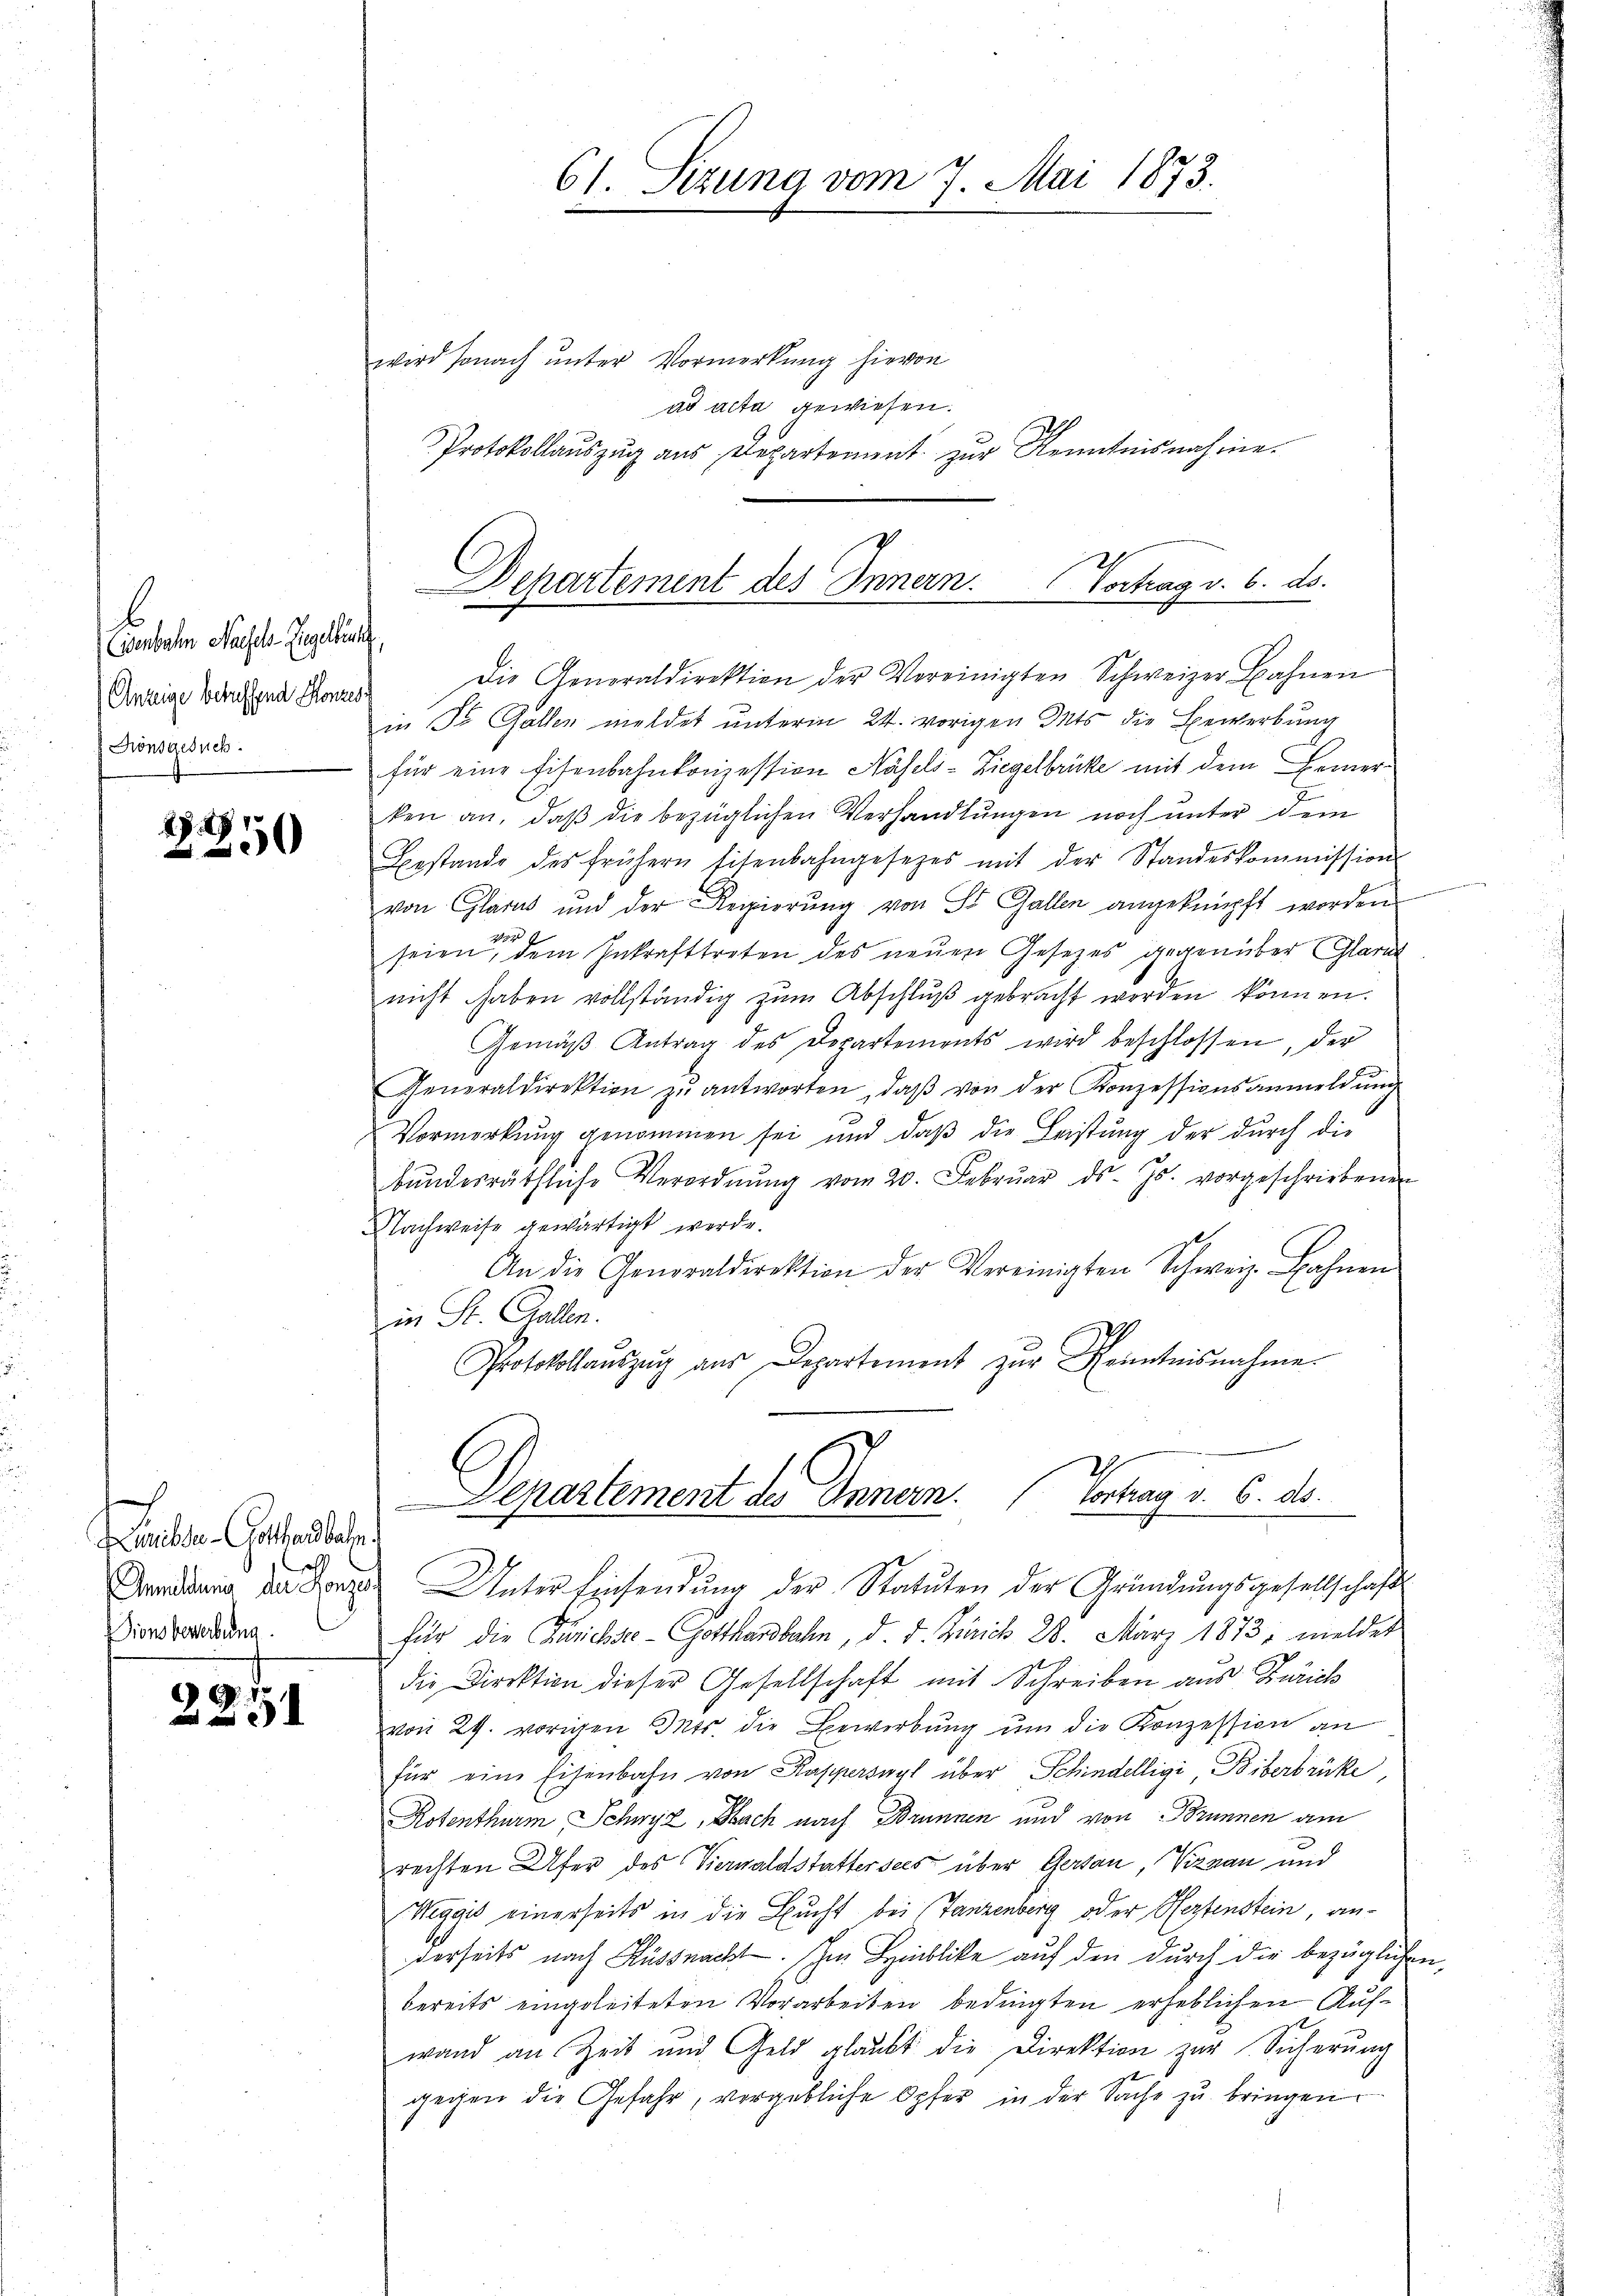
l
Eisenbachen Nagels Engelbursch
Anzeige betreffend Konzes
Könsgesuch

P. 49
200

7
Lunibse-Gotthardbahn.
e
Sionsbewerbung.

225

wird sonach unter Vormerkung hievon
ad acta gewiesen.
Protokollauszug aus Departement zur Kenntnisnahme.

61. Sizung vom 7. Mai 1873.

Departement des Innern. Vortrag v. 6. ds.
e

Die Generaldirektion der Vereinigten Schweizer Bahnen
in Dr. Gallen meldet unterm 24. vorigen Mits die Bewerbung
für eine Eisenbahnkonzession Hasels-Ziegelbrücke mit dem Bemerken an, daß die bezüglichen Verhandlungen noch unter dem
Bestande des frühern Eisenbahngesetzes mit der Standeskommission
von Glarus und der Regierŭng von St. Gallen angeknüpft worden
seien dem Inkrafttreten des neuen Gesetzes gegenüber Glarus
nicht haben vollständig zŭm Abschlŭβ gebracht werden können.
Gemäβ Antrag des Departements wird beschlossen, der
Generaldirektion zŭ antworten, daβ von der Konzessionsanmeldŭng
Vormerkung genommen sei und daß die Leistung der durch die
bŭndesräthliche Verordnŭng vom 20. Febrŭar ds. Js. vorgeschriebenen
Nachweise gewärtigt werde.
An die Generaldirektion der Vereinigten Schweiz. Bahnen
in St. Gallen.
Protokollaŭszŭg aŭs Departement zŭr Kenntnisnahme
.
Departement des Innern. Vortrag v. 6. ds.
Dendung der der Unter Einsendung der Statuten der Gründungsgesellschafts
für die Zürichste Gotthardbahn, d. d. Zürich 28. März 1873, meldet
die Direktion dieser Gesellschaft mit Schreiben aus Zürich
von 29. vorigen Mts. die Bewerbung um die Konzession an
für eine Eisenbahn von Kapperswyl über Schindelligi, Biberbrücke,
Rotenthurm Schwyz, Obach nach Brunnen und von Brunnen am
rechten Ufer des Vierwaldstattersees über Gersau, Viznau und
Weggis einerseits in die Bucht bei Tanzenberg oder Hertenstein, anderseits nach Küssnacht. Im Hinblicke auf den durch die bezüglichen
bereits eingeleiteten Vorarbeiten bedingten erheblichen Aufwand an Zeit und Geld glaubt die Direktion zur Sicherŭng
gegen die Gefahr, vergebliche Opfer in der Sache zŭ bringen.